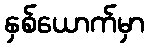
နှစ်ယောက်မှာ